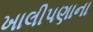
ખાલીપણાના